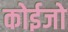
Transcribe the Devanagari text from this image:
कोईजो